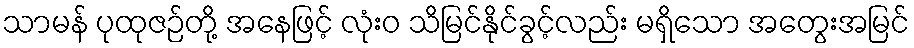
သာမန် ပုထုဇဉ်တို့ အနေဖြင့် လုံးဝ သိမြင်နိုင်ခွင့်လည်း မရှိသော အတွေးအမြင်